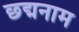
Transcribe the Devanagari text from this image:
छ्द्मनाम